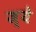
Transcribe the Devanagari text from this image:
ज्ये